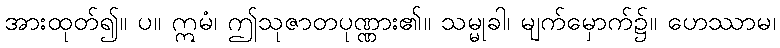
အားထုတ်၍။ ပ။ ဣမံ၊ ဤသုဇာတပုဏ္ဏား၏။ သမ္မုခါ၊ မျက်မှောက်၌။ ဟေဿာမ၊